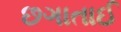
છગાતાઈ